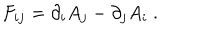
F _ { i j } = \partial _ { i } A _ { j } - \partial _ { j } A _ { i } \ .